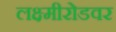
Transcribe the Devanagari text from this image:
लक्ष्मीरोडवर